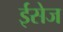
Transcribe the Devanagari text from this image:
ईसेज